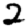
Digit: 2